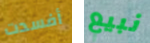
أفسدت نبيع